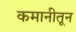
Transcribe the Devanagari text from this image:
कमानीतून